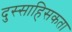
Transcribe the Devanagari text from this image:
दुस्साहिसकता